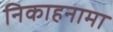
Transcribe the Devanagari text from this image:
निकाहनामा